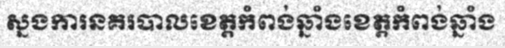
ស្នងការនគរបាលខេត្តកំពង់ឆ្នាំងខេត្តកំពង់ឆ្នាំង